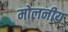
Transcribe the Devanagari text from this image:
मोलनीय